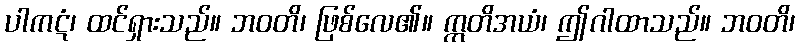
ပါကဋံ၊ ထင်ရှားသည်။ ဘဝတိ၊ ဖြစ်လေ၏။ ဣတိအယံ၊ ဤဂါထာသည်။ ဘဝတိ၊